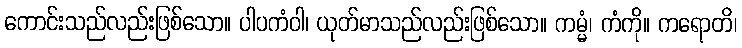
ကောင်းသည်လည်းဖြစ်သော။ ပါပကံဝါ၊ ယုတ်မာသည်လည်းဖြစ်သော။ ကမ္မံ၊ ကံကို။ ကရောတိ၊